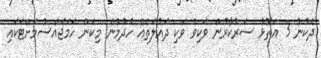
ދެކުނު 3 އަތޮޅު ސަރުކާރުން ވަކިވެ ވަކި ދައުލަތެއް ހެދުމުން މިކަން ހަމަޖެއްސުމަށްޓަކައި